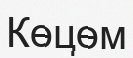
Көцөм